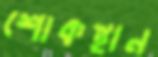
শোকস্থান